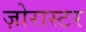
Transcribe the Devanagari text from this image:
ज़ोरास्टर